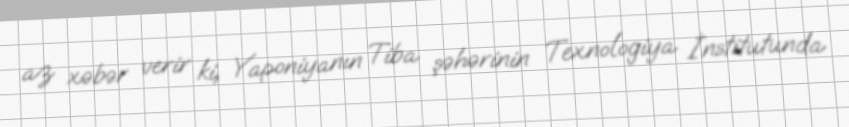
az xəbər verir ki, Yaponiyanın Tiba şəhərinin Texnologiya İnstitutunda